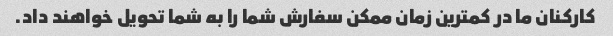
کارکنان ما در کمترین زمان ممکن سفارش شما را به شما تحویل خواهند داد.